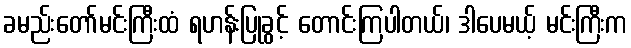
ခမည်းတော်မင်းကြီးထံ ရဟန်းပြုခွင့် တောင်းကြပါတယ်၊ ဒါပေမယ့် မင်းကြီးက